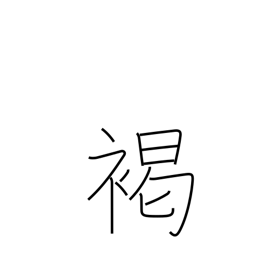
Meaning: brown